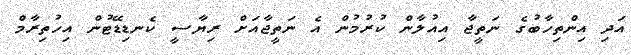
އަދި އިންތިހާބުގެ ނަތީޖާ އިއުލާން ކުރުމުން އެ ނަތީޖާއަށް ރިޔާސީ ކެނޑިޑޭޓުން އިހުތިރާމް